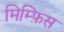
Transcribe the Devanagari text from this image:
मिम्फ़िस